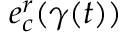
e _ { c } ^ { r } ( \gamma ( t ) )